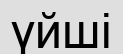
үйші